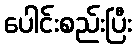
ပေါင်းစည်းပြီး